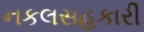
નકલસહકારી